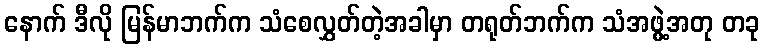
နောက် ဒီလို မြန်မာဘက်က သံစေလွှတ်တဲ့အခါမှာ တရုတ်ဘက်က သံအဖွဲ့အတု တခု